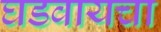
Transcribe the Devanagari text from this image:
घडवायचा